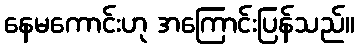
နေမကောင်းဟု အကြောင်းပြန်သည်။